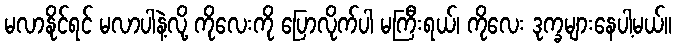
မလာနိုင်ရင် မလာပါနဲ့လို့ ကိုလေးကို ပြောလိုက်ပါ မကြီးရယ်၊ ကိုလေး ဒုက္ခများနေပါ့မယ်။